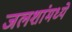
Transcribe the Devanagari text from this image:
जलशांमध्ये